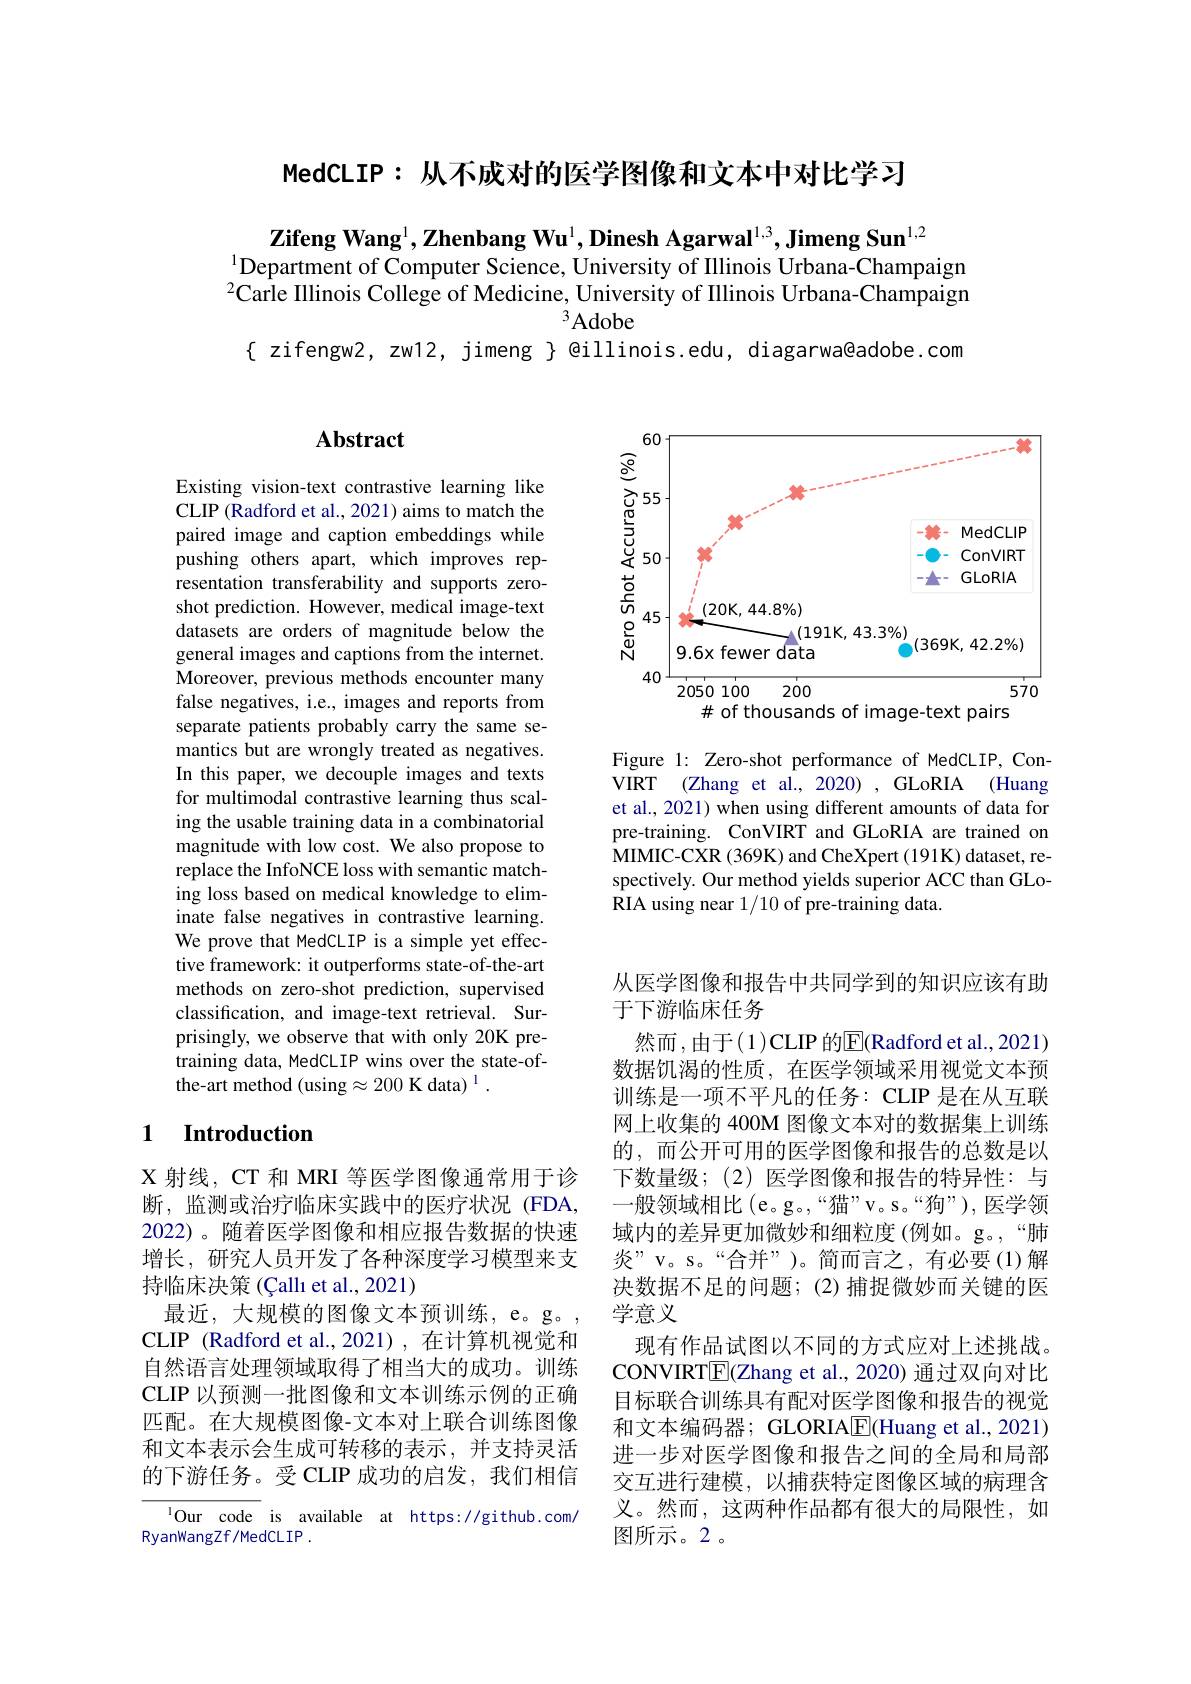
MedCLIP: 从不成对的医学图像和文本中对比学习

Zifeng Wang$^1,\textbf{Zhenbang Wu}^1,\textbf{Dinesh Agarwal}^{1,3},\textbf{Jimeng Sun}^{1,2}$
$^{1}$Department of Computer Science, University of Illinois Urbana-Champaign $^2\tilde{\text{Carle Illinois College of Medicine, University of Illinois Urbana-Champaign}}$
$^3Adobe$
$\{$ zifengw2, zw12, jimeng $\}$ @illinois.edu, diagarwa@adobe.com

# Abstract

Existing vision-text contrastive learning like CLIP (Radford et al., 2021) aims to match the paired image and caption embeddings while pushing others apart, which improves representation transferability and supports zeroshot prediction. However, medical image-text datasets are orders of magnitude below the general images and captions from the internet. Moreover, previous methods encounter many false negatives, i.e., images and reports from separate patients probably carry the same semantics but are wrongly treated as negatives. In this paper, we decouple images and texts for multimodal contrastive learning thus scaling the usable training data in a combinatorial magnitude with low cost. We also propose to replace the InfoNCE loss with semantic matching loss based on medical knowledge to eliminate false negatives in contrastive learning. We prove that MedCLIP is a simple yet effective framework: it outperforms state-of-the-art methods on zero-shot prediction, supervised classification, and image-text retrieval. Surprisingly, we observe that with only 20K pretraining data, MedCLIP wins over the state-ofthe-art method (using$\approx200\text{K data)}^{1}.$

### 1 Introduction

X 射线，CT 和 MRI 等医学图像通常用于诊断，监测或治疗临床实践中的医疗状况(FDA, 2022)。随着医学图像和相应报告数据的快速增长，研究人员开发了各种深度学习模型来支持临床决策 (Çallı et al., 2021)
最近，大规模的图像文本预训练，e。g。, CLIP (Radford et al.,2021),在计算机视觉和自然语言处理领域取得了相当大的成功。训练CLIP 以预测一批图像和文本训练示例的正确匹配。在大规模图像-文本对上联合训练图像和文本表示会生成可转移的表示，并支持灵活的下游任务。受 CLIP 成功的启发，我们相信
$^{1}$Our code is available at https://github.com/

RyanWangZf/MedCLIP .

<FigureHere>

Figure 1: Zero-shot performance of MedCLIP, ConVIRT (Zhang et al., 2020) , GLoRIA (Huang et al., 2021) when using different amounts of data for pre-training. ConVIRT and GLoRIA are trained on MIMIC-CXR (369K) and CheXpert (191K) dataset, respectively. Our method yields superior ACC than GLoRIA using near 1/10 of pre-training data.

从医学图像和报告中共同学到的知识应该有助
于下游临床任务

然而，由于(1)CLIP 的$\overline{\mathrm{E}}($Radford et al.,2021) 数据饥渴的性质，在医学领域采用视觉文本预训练是一项不平凡的任务：CLIP 是在从互联网上收集的 400M 图像文本对的数据集上训练的，而公开可用的医学图像和报告的总数是以下数量级；(2)医学图像和报告的特异性：与一般领域相比(e。g。,“猫”v。s。“狗”),医学领域内的差异更加微妙和细粒度(例如。g。,“肺炎”v。s。“合并”)。简而言之，有必要(1)解决数据不足的问题；(2)捕捉微妙而关键的医学意义
现有作品试图以不同的方式应对上述挑战。CONVIRT$\underline {{\mathrm{E} }}($Zhang et al., 2020) 通过双向对比目标联合训练具有配对医学图像和报告的视觉和文本编码器；GLORIAE(Huang et al., 2021) 进一步对医学图像和报告之间的全局和局部交互进行建模，以捕获特定图像区域的病理含义。然而，这两种作品都有很大的局限性，如图所示。2。